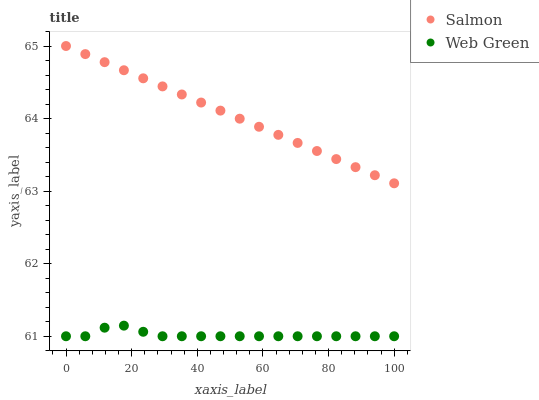
| xaxis_label | Salmon | Web Green |
 | --- | --- | --- |
 | 0 | 65 | 61 |
 | 5.88 | 64.9 | 61 |
 | 11.8 | 64.8 | 61.1 |
 | 17.6 | 64.7 | 61.1 |
 | 23.5 | 64.6 | 61.1 |
 | 29.4 | 64.4 | 61 |
 | 35.3 | 64.3 | 61 |
 | 41.2 | 64.2 | 61 |
 | 47.1 | 64.1 | 61 |
 | 52.9 | 64 | 61 |
 | 58.8 | 63.9 | 61 |
 | 64.7 | 63.8 | 61 |
 | 70.6 | 63.7 | 61 |
 | 76.5 | 63.6 | 61 |
 | 82.4 | 63.4 | 61 |
 | 88.2 | 63.3 | 61 |
 | 94.1 | 63.2 | 61 |
 | 100 | 63.1 | 61 |